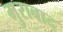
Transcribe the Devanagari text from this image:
मुराबाद